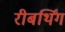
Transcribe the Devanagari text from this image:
रीबर्थिंग